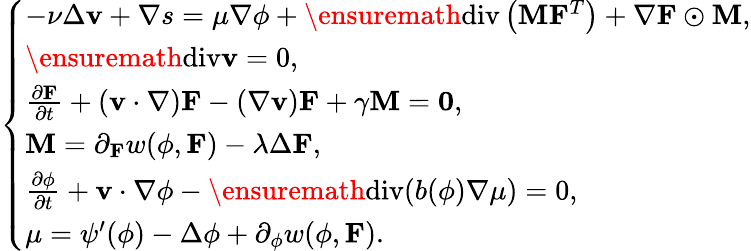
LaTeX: \left\{ \begin{array}{ll}{-\nu\Delta\mathbf{v}+\nabla s=\mu\nabla\phi+\ensuremath{\operatorname{div}}\left(\mathbf{M}\mathbf{F}^{T}\right)+\nabla\mathbf{F}\odot\mathbf{M},}\\ {\ensuremath{\operatorname{div}}\mathbf{v}=0,}\\ {\frac{\partial\mathbf{F}}{\partial t}+\left(\mathbf{v}\cdot\nabla\right)\mathbf{F}-(\nabla\mathbf{v})\mathbf{F}+\gamma\mathbf{M}=\mathbf{0},}\\ {\mathbf{M}=\partial_{\mathbf{F}}w(\phi,\mathbf{F})-\lambda\Delta\mathbf{F},}\\ {\frac{\partial\phi}{\partial t}+\mathbf{v}\cdot\nabla\phi-\ensuremath{\operatorname{div}}(b(\phi)\nabla\mu)=0,}\\ {\mu=\psi^{\prime}(\phi)-\Delta\phi+\partial_{\phi}w(\phi,\mathbf{F}).}\end{array}\right.